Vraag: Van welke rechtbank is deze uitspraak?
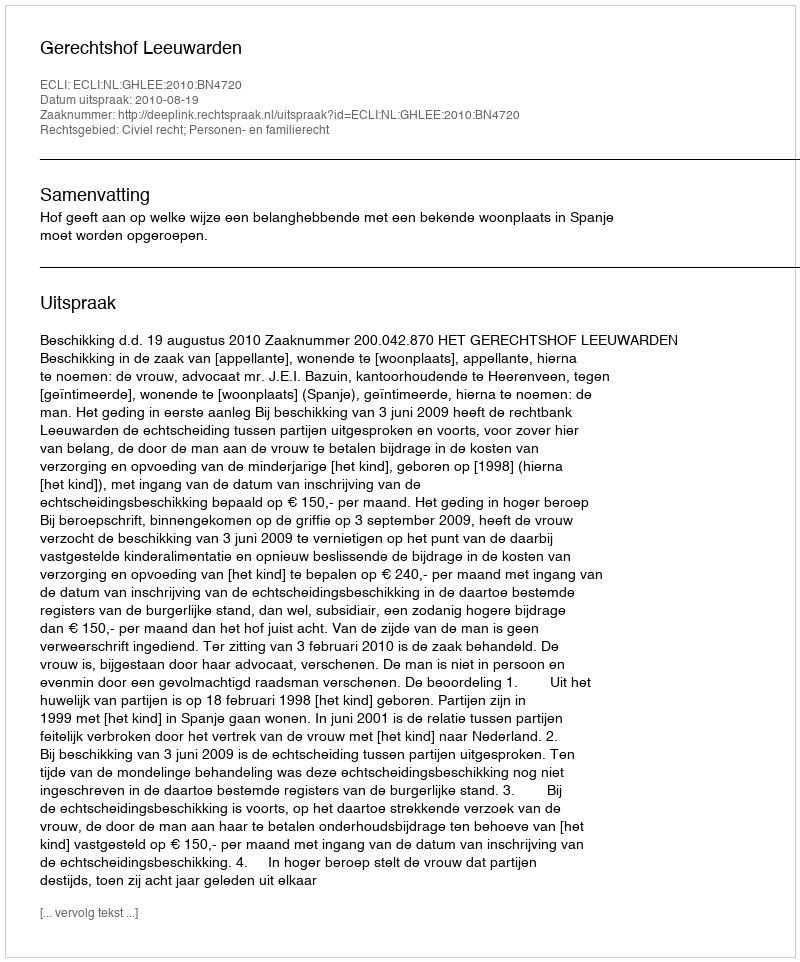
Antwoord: Gerechtshof Leeuwarden